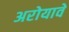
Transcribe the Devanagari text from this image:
अरोयावे